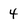
Character: 4